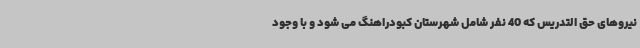
نیروهای حق التدریس که 40 نفر شامل شهرستان کبودراهنگ می شود و با وجود